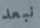
نبعد